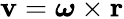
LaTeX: \mathbf{v}={\boldsymbol{\omega}}\times\mathbf{r}